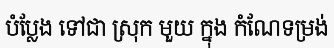
បំប្លែង ទៅជា ស្រុក មួយ ក្នុង កំណែទម្រង់